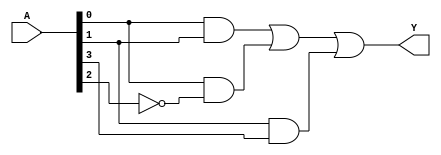
module multi_level_logic (
    input wire [3:0] A,   // 4 input signals (A0, A1, A2, A3)
    output wire Y         // Output signal
);

// Intermediate signals for multi-level logic representation
wire nA0, nA1, nA2, nA3; // NOT gates' outputs
wire AB, AC, AD;          // AND gates' outputs
wire OR1, OR2;           // OR gates' outputs

// Generate NOT gates for inputs
not (nA0, A[0]); // NOT A0
not (nA1, A[1]); // NOT A1
not (nA2, A[2]); // NOT A2
not (nA3, A[3]); // NOT A3

// AND gates for simplified terms
and (AB, A[0], A[1]); // A0 AND A1
and (AC, A[0], nA2);  // A0 AND NOT A2
and (AD, A[1], A[3]); // A1 AND A3

// OR gates to combine intermediate results
or (OR1, AB, AC); // Combine first two terms
or (OR2, OR1, AD); // Final OR with last term

// The final output signal
assign Y = OR2; // Final output from the combination of gates

endmodule